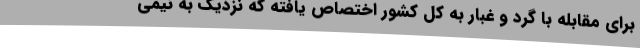
برای مقابله با گرد و غبار به کل کشور اختصاص یافته که نزدیک به نیمی